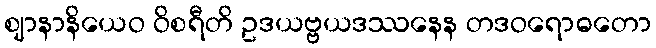
ဈာနာနိယေဝ ဝိစရီတိ ဥဒယဗ္ဗယဒဿနေန တဒဝရောဓတော